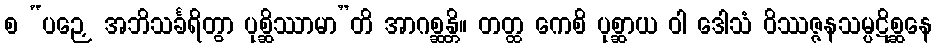
စ “ပဉှေ အဘိသင်္ခရိတွာ ပုစ္ဆိဿာမာ”တိ အာဂစ္ဆန္တိ။ တတ္ထ ကေစိ ပုစ္ဆာယ ဝါ ဒေါသံ ဝိဿဇ္ဇနသမ္ပဋိစ္ဆနေ